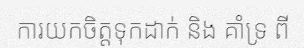
ការយកចិត្តទុកដាក់ និង គាំទ្រ ពី